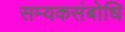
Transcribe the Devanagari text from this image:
सम्यकसंबोधि